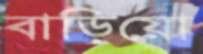
বাড়িয়ো